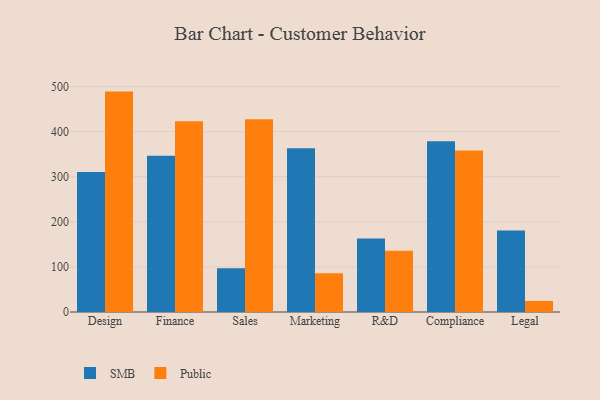
{"axis": {"x": "Department", "y": "Customer Acquisition Cost (USD)"}, "legend": ["Public", "SMB"], "data": [{"x": "Design", "y": 310.7, "type": "SMB"}, {"x": "Design", "y": 488.8, "type": "Public"}, {"x": "Finance", "y": 346.7, "type": "SMB"}, {"x": "Finance", "y": 423.3, "type": "Public"}, {"x": "Sales", "y": 97.0, "type": "SMB"}, {"x": "Sales", "y": 427.5, "type": "Public"}, {"x": "Marketing", "y": 363.3, "type": "SMB"}, {"x": "Marketing", "y": 86.2, "type": "Public"}, {"x": "R&D", "y": 163.0, "type": "SMB"}, {"x": "R&D", "y": 136.1, "type": "Public"}, {"x": "Compliance", "y": 378.9, "type": "SMB"}, {"x": "Compliance", "y": 358.2, "type": "Public"}, {"x": "Legal", "y": 180.5, "type": "SMB"}, {"x": "Legal", "y": 24.6, "type": "Public"}]}